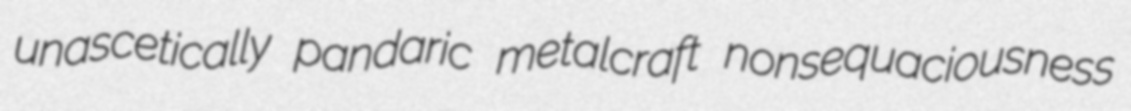
unascetically pandaric metalcraft nonsequaciousness